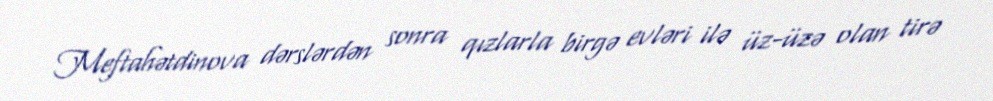
Meftahətdinova dərslərdən sonra qızlarla birgə evləri ilə üz-üzə olan tirə